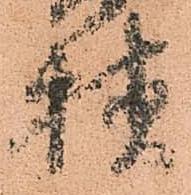
様